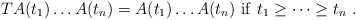
\begin{align*}TA(t_1)\dots A(t_n)=A(t_1)\dots A(t_n)\ {\rm if }\ t_1\ge\dots\ge t_n\ .\end{align*}